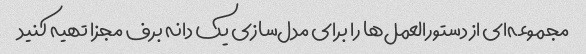
مجموعه‌ای از دستورالعمل‌ها را برای مدل‌سازی یک دانه برف مجزا تهیه کنید